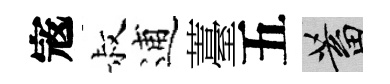
𡨥叔逋薹五蓄